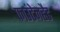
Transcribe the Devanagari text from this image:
फाउंटेनहैड